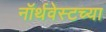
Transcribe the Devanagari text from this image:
नॉर्थवेस्टच्या